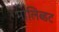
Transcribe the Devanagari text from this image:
मालिब्डट